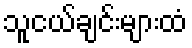
သူငယ်ချင်းများထံ